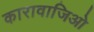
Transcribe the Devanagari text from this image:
कारावाजिओ